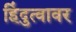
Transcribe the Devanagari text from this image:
हिंदुत्वावर